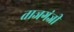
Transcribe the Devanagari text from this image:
ताजगंजी